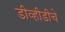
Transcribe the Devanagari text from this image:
डीव्हीडीचे